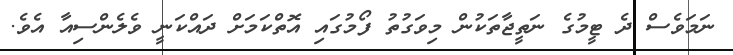
ނަމަވެސް ދެ ޓީމުގެ ނަތީޖާތަކުން މިވަގުތު ފޯމުގައި އޮތްކަމަށް ދައްކަނީ ވެލެންސިއާ އެވެ.